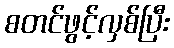
စတင်ဖွင့်လှစ်ပြီး